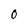
Character: 0